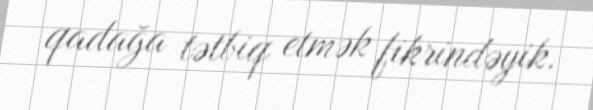
qadağa tətbiq etmək fikrindəyik.